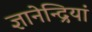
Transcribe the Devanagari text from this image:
ज्ञानेन्द्रियां